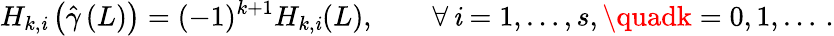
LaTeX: H_{k,\mathit{i}}\left({\hat{{\gamma}}}\left(L\right)\right)=(-1)^{k+1}H_{k,\mathit{i}}(L),\qquad\forall\, \mathit{i}=1,\ldots,s,\quadk=0,1,\ldots\, .